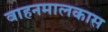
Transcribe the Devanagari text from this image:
वाहनमालकास